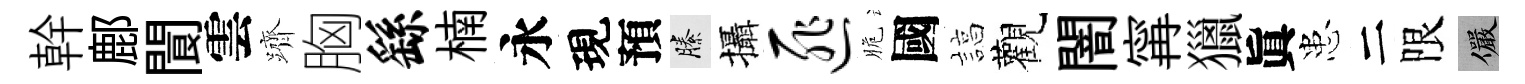
幹鄜閬雲躋胸繇楠永現預縢攝匪脆國諄觀闇𡩋獵眞患二限儼